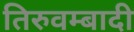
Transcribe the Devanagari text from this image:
तिरुवम्बादी